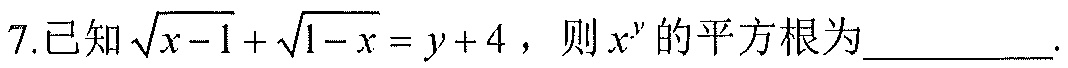
7.已知\(\sqrt{x - 1}+\sqrt{1 - x}=y + 4\)，则\(x^{y}\)的平方根为__________.